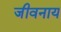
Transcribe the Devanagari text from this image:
जीवनाय